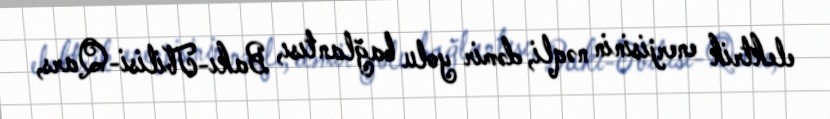
elektrik enerjisinin nəqli, dəmir yolu bağlantısı, Bakı-Tbilisi-Qars,